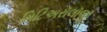
મિટિઅરૉલૉજી